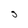
Character: S